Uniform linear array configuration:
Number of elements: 24
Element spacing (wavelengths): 0.5
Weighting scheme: uniform
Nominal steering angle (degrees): -60
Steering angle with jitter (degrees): -59.53
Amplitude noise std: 0.05
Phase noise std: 0.05

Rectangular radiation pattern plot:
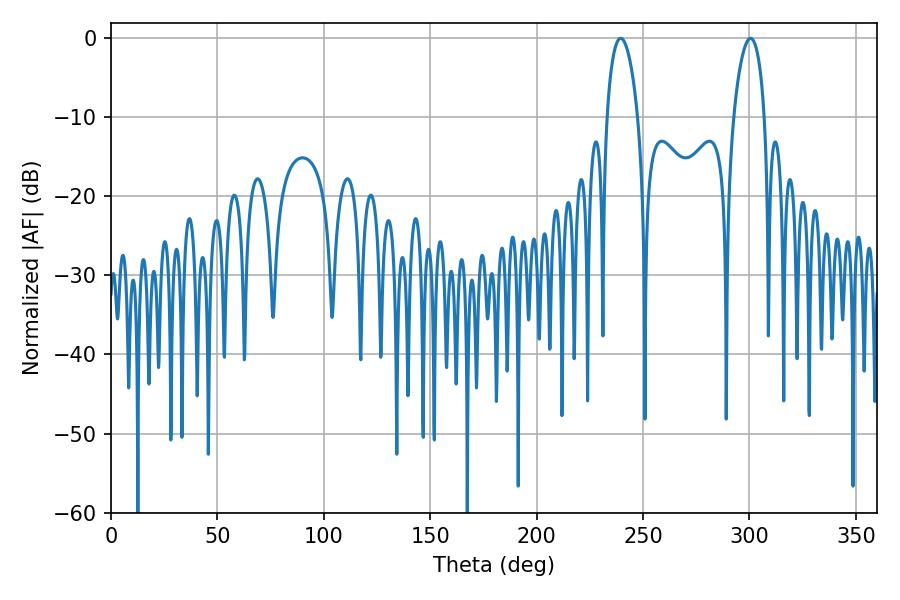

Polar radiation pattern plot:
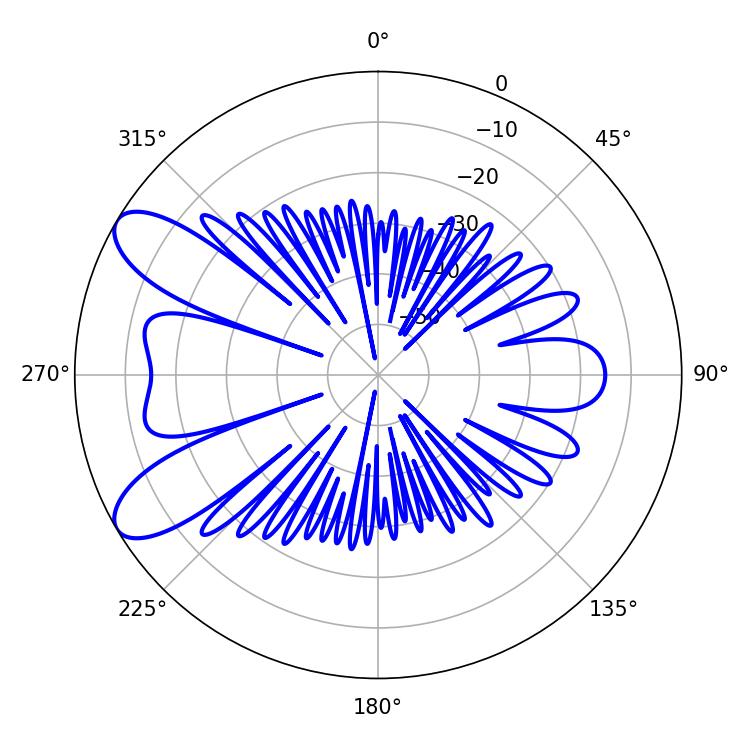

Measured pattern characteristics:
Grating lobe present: FALSE
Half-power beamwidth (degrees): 8.28
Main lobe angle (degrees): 239.4